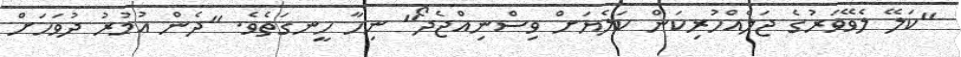
"ކަލޭ ލެވޭވަރުގެ ޖަލެއްހުރިކަން ކަލެޔަށް ވިސްނިއްޖެދޯ" ނިހާ ހީނގަތެވެ. "ދެން އުމުރު ދުވަހަށް